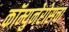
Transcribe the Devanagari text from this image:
कॉम्युनेरोसचा